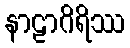
နာဠာဂိရိဿ